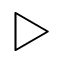
\triangleright